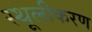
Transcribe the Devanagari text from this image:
स्थूलीकरण